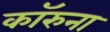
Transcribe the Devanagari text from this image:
कॉरुना